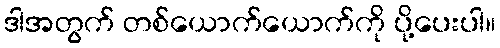
ဒါအတွက် တစ်ယောက်ယောက်ကို ပို့ပေးပါ။